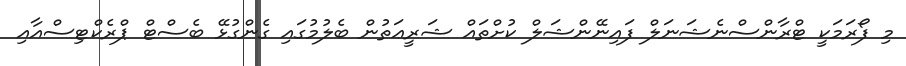
މި ފޯރަމަކީ ޓްރާންސްނެޝަނަލް ފައިނޭންޝަލް ކުށްތައް ޝަރީޢަތުން ބެލުމުގައި ގެންގުޅޭ ބެސްޓް ޕްރެކްޓިސްއާއި